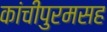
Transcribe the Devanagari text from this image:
कांचीपुरमसह